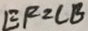
E F = C B